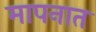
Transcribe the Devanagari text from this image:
मापनात